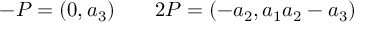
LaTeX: - P = ( 0 , a _ { 3 } ) \; \; \; \; \; \; \; 2 P = ( - a _ { 2 } , a _ { 1 } a _ { 2 } - a _ { 3 } )